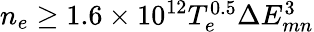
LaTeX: \begin{array}{r}{n_{e}\geq 1.6\times 10^{12}T_{e}^{0.5}\Delta E_{mn}^{3}}\end{array}